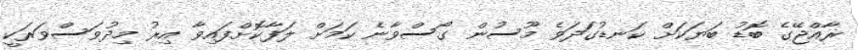
ރާއްޖޭގެ ބޮޑު ބަޔަކަށް ކަނޑުގަދަވެ މޫސުން ގޯސްވާނެ ކަމަށް ލަފާކޮށްފައިވާ އިރު މިދުވަސްވަރަކީ